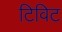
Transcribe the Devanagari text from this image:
टिविट